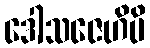
ဒေါသဇေဟိပိ